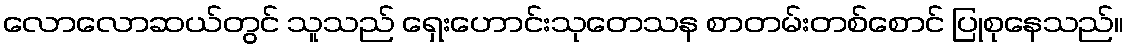
လောလောဆယ်တွင် သူသည် ရှေးဟောင်းသုတေသန စာတမ်းတစ်စောင် ပြုစုနေသည်။